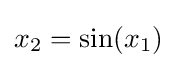
x_{2}=\sin(x_{1})